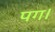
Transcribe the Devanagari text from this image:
पग।